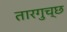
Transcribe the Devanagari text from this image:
तारगुच्छ